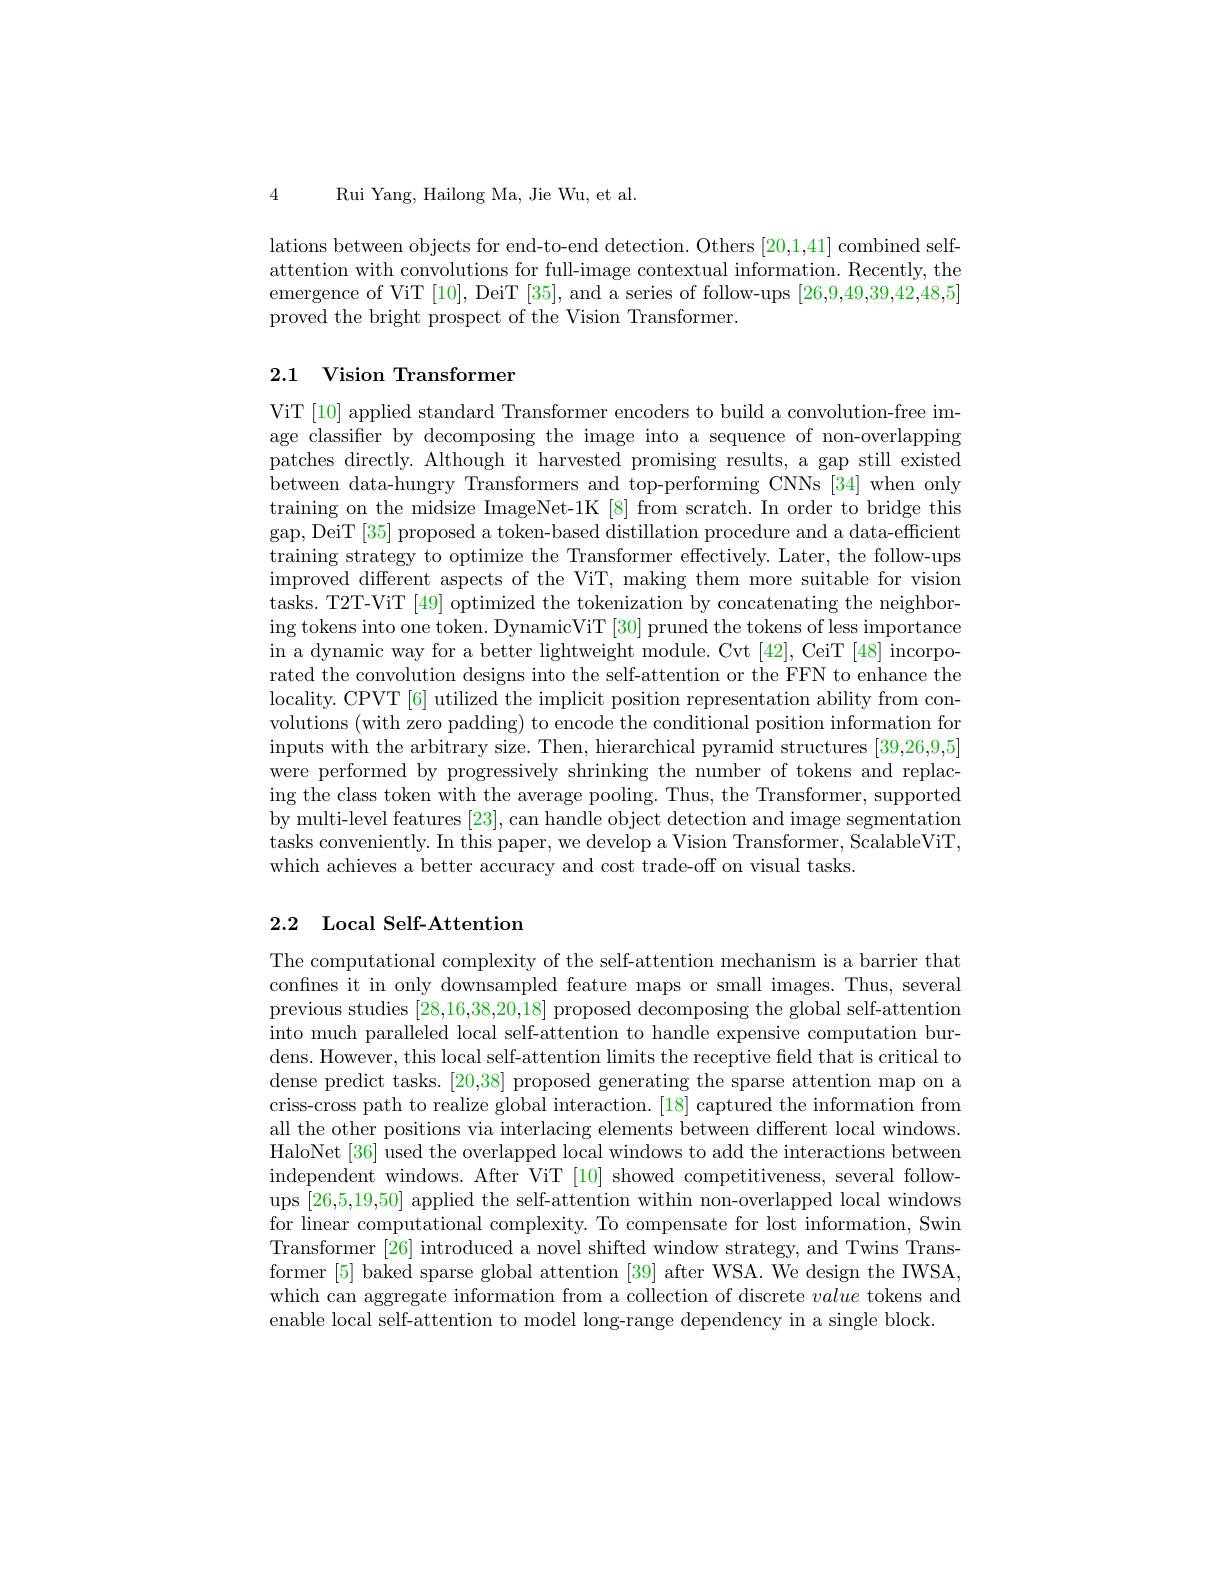
4 Rui Yang, Hailong Ma, Jie Wu, et al.

lations between objects for end-to-end detection. Others [20,1,41] combined selfattention with convolutions for full-image contextual information. Recently, the emergence of ViT [10], DeiT [35], and a series of follow-ups [26,9,49,39,42,48,5] proved the bright prospect of the Vision Transformer.

## 2.1 Vision Transformer

ViT [10] applied standard Transformer encoders to build a convolution-free image classifier by decomposing the image into a sequence of non-overlapping patches directly. Although it harvested promising results, a gap still existed between data-hungry Transformers and top-performing CNNs [34] when only training on the midsize ImageNet-1K [8] from scratch. In order to bridge this gap, DeiT [35] proposed a token-based distillation procedure and a data-efficient training strategy to optimize the Transformer effectively. Later, the follow-ups improved different aspects of the ViT, making them more suitable for vision tasks. T2T-ViT [49] optimized the tokenization by concatenating the neighboring tokens into one token. DynamicViT [30] pruned the tokens of less importance in a dynamic way for a better lightweight module. Cvt [42], CeiT [48] incorporated the convolution designs into the self-attention or the FFN to enhance the locality. CPVT[6] utilized the implicit position representation ability from convolutions (with zero padding) to encode the conditional position information for inputs with the arbitrary size. Then, hierarchical pyramid structures [39,26,9,5] were performed by progressively shrinking the number of tokens and replacing the class token with the average pooling. Thus, the Transformer, supported by multi-level features [23],can handle object detection and image segmentation tasks conveniently. In this paper, we develop a Vision Transformer, ScalableViT, which achieves a better accuracy and cost trade-off on visual tasks.

## 2.2 Local Self-Attention

The computational complexity of the self-attention mechanism is a barrier that confnes it in only downsampled feature maps or small images. Thus, several previous studies [28,16,38,20,18] proposed decomposing the global self-attention into much paralleled local self-attention to handle expensive computation burdens. However, this local self-attention limits the receptive field that is critical to dense predict tasks. [20,38] proposed generating the sparse attention map on a criss-cross path to realize global interaction.[18] captured the information from all the other positions via interlacing elements between different local windows. HaloNet [36] used the overlapped local windows to add the interactions between independent windows. After ViT [10] showed competitiveness, several followups [26,5,19,50] applied the self-attention within non-overlapped local windows for linear computational complexity. To compensate for lost information, Swin Transformer [26] introduced a novel shifted window strategy, and Twins Transformer [5] baked sparse global attention [39] after WSA. We design the IWSA, which can aggregate information from a collection of discrete value tokens and enable local self-attention to model long-range dependency in a single block.